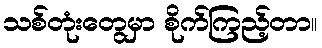
သစ်တုံးတွေမှာ စိုက်ကြည့်တာ။